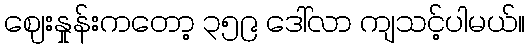
ဈေးနှုန်းကတော့ ၃၅၉ ဒေါ်လာ ကျသင့်ပါမယ်။